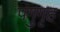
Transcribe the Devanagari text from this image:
पंगुगृह